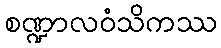
စဏ္ဍာလဝံသိကဿ